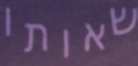
שאותו